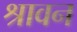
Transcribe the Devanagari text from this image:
श्रावन